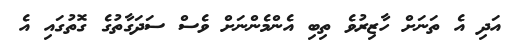
އަދި އެ ތަނަށް ހާޒިރުވެ ތިބި އެންމެންނަށް ވެސް ސަދަގާތުގެ ގޮތުގައި އެ